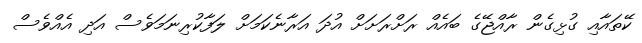
ކޭތައާއި ގުޅިގެން ރާއްޖޭގެ ބައެއް ރަށްރަށަށް އުދަ އަރާނެކަމަށް ލަފާކުރިނަމަވެސް އަދި އެއްވެސް